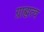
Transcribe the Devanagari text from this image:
ग्राह्मत्व